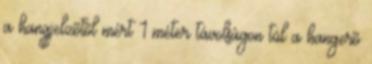
a hangjelzõtõl mért 1 méter távolságon túl a hangerõ